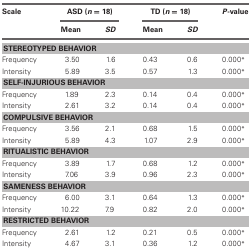
| Scale | <COLSPAN=2> ASD (n = 18) | <COLSPAN=2> TD (n = 18) | P-value |
 |  | Mean | SD | Mean | SD |  |
 | --- | --- | --- | --- | --- | --- |
 | <COLSPAN=6> STEREOTYPED BEHAVIOR |
 | Frequency | 3.50 | 1.6 | 0.43 | 0.6 | 0.000* |
 | Intensity | 5.89 | 3.5 | 0.57 | 1.3 | 0.000* |
 | <COLSPAN=6> SELF-INJURIOUS BEHAVIOR |
 | Frequency | 1.89 | 2.3 | 0.14 | 0.4 | 0.000* |
 | Intensity | 2.61 | 3.2 | 0.14 | 0.4 | 0.000* |
 | <COLSPAN=6> COMPULSIVE BEHAVIOR |
 | Frequency | 3.56 | 2.1 | 0.68 | 1.5 | 0.000* |
 | Intensity | 5.89 | 4.3 | 1.07 | 2.9 | 0.000* |
 | <COLSPAN=6> RITUALISTIC BEHAVIOR |
 | Frequency | 3.89 | 1.7 | 0.68 | 1.2 | 0.000* |
 | Intensity | 7.06 | 3.9 | 0.96 | 2.3 | 0.000* |
 | <COLSPAN=6> SAMENESS BEHAVIOR |
 | Frequency | 6.00 | 3.1 | 0.64 | 1.3 | 0.000* |
 | Intensity | 10.22 | 7.9 | 0.82 | 2.0 | 0.000* |
 | <COLSPAN=6> RESTRICTED BEHAVIOR |
 | Frequency | 2.61 | 1.2 | 0.21 | 0.5 | 0.000* |
 | Intensity | 4.67 | 3.1 | 0.36 | 1.2 | 0.000* |